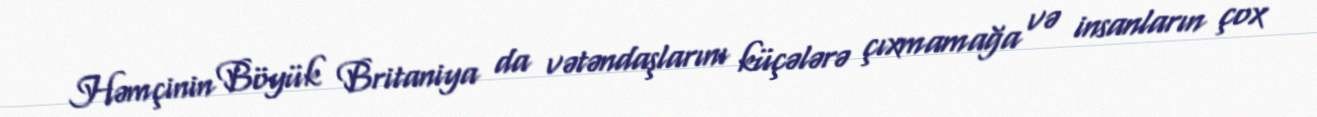
Həmçinin Böyük Britaniya da vətəndaşlarını küçələrə çıxmamağa və insanların çox